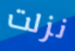
نزلت